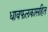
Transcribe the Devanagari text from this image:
धावफलकासहित